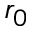
r _ { 0 }